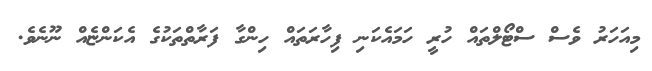
މިއަހަރު ވެސް ސްޓޯލްތައް ހުރީ ހަމައެކަނި ފިހާރަތައް ހިންގާ ފަރާތްތަކުގެ އެކަންޏެއް ނޫނެވެ.